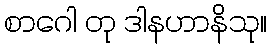
စာဂေါ တု ဒါနဟာနိသု။